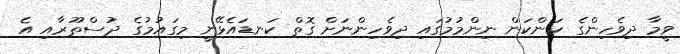
ވީމާ ދިވެހިންގެ ކަންކަން ނިންމުމުގައި ދިވެހިންނަށް ގޮތް ކަނޑައެޅޭނީ މިގައުމުގެ ދުސްތޫރާއި އެ